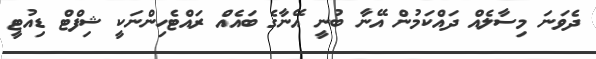
ދެވަނަ މިސާލެއް ދައްކަމުން އޭނާ ބުނީ އޭނާގެ ބައެއް ރައްޓެހިންނަކީ ޝިފްޓް ޑިއުޓީ